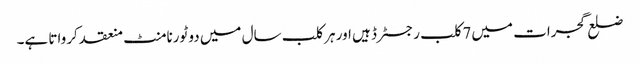
ضلع گجرات میں 7کلب رجسٹرڈ ہیں اور ہر کلب سال میں دو ٹورنامنٹ منعقد کرواتا ہے۔